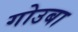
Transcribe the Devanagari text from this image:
गोउबा